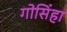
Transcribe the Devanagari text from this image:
गोसिंहा